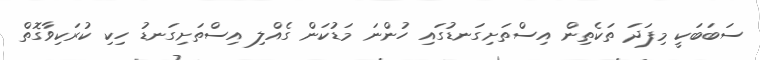
ސަބަބަކީ މިފަދަ ތަކެތިން އިސްތަށިގަނޑުގައި ހުންނަ މަޑުކަން ގެއްލި އިސްތަށިގަނޑު ހިކި ކުރަކިވާގޮތް